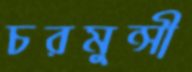
চরমুন্সী